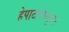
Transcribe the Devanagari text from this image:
हेपाटोसेल्यूलर